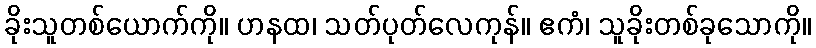
ခိုးသူတစ်ယောက်ကို။ ဟနထ၊ သတ်ပုတ်လေကုန်။ ဧကံ၊ သူခိုးတစ်ခုသောကို။